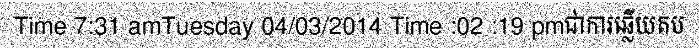
Time 7:31 amTuesday 04/03/2014 Time :02 :19 pmជាការឆ្លើយតប